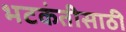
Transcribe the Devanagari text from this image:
भटकंतीसाठी